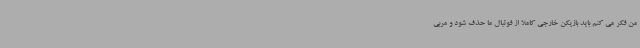
من فکر می کنم باید بازیکن خارجی کاملا از فوتبال ما حذف شود و مربی